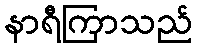
နာရီကြာသည်